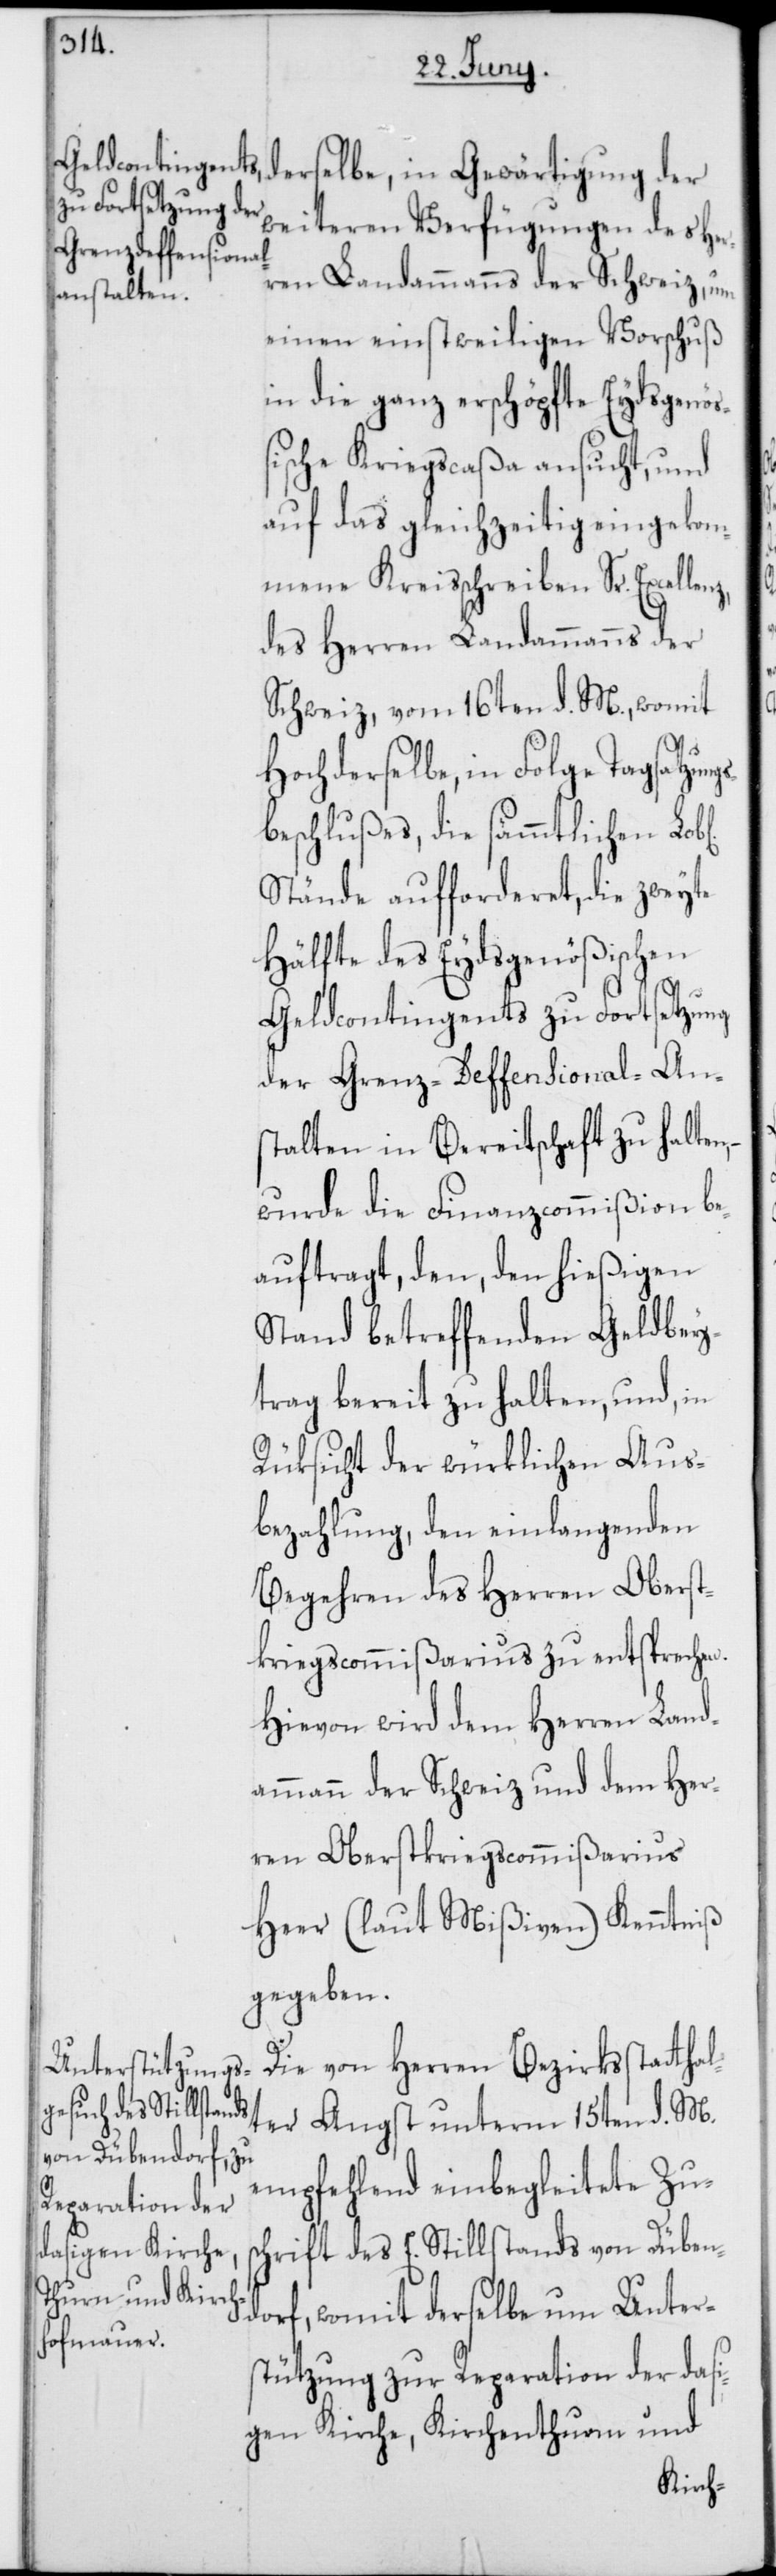
weiteren Verfügungen des Her¬
ren Landammanns der Schweiz, um
einen einstweiligen Vorschuß
in die ganz erschöpfte Eydsgenö¬
ßische Kriegcaßa ansucht, und
auf das gleichzeitig eingekom¬
mene Kreisschreiben Sr. Excellen¬
des Herren Landammanns der
Schweiz, vom 16ten d. M., womit
Hochderselbe, in Folge Tagsatzun¬
beschlußes, die sämmtlichen
Stände aufforderet, die zweyte
Hälfte des Eydsgenößischen
Geldcontingents zu Fortsetzung
der Grenz-Deffensional-Ans¬
talten in Bereitschaft zu halten,
wurde die Finanzcommißion be¬
auftragt, den, den hießigen
Stand betreffenden Geldbey¬
trag bereit zu halten, und, in
Rüksicht der würklichen Aus¬
bezahlung, den einlangenden
Begehren des Herren Oberst¬
kriegscommißarius zu entsprechen.
Hievon wird dem Herren Land¬
ammann der Schweiz und dem Her¬
ren Oberstkriegcommißarius
Heer (laut Mißiven) Kenntniß
gegeben.
Die von Herren Bezirksstatthal¬
ter Angst unterm 15ten d. M.
empfehlend einbegleitete Zus¬
chrift des E. Stillstands von Düben¬
dorf, womit derselbe um Unter¬
stützung zur Reparation der dasi¬
gen Kirche, Kirchenthurm und
gs¬